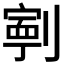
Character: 𭄑